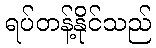
ရပ်တန့်နိုင်သည်